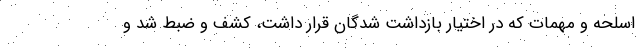
اسلحه و مهمات که در اختیار بازداشت شدگان قرار داشت، کشف و ضبط شد و